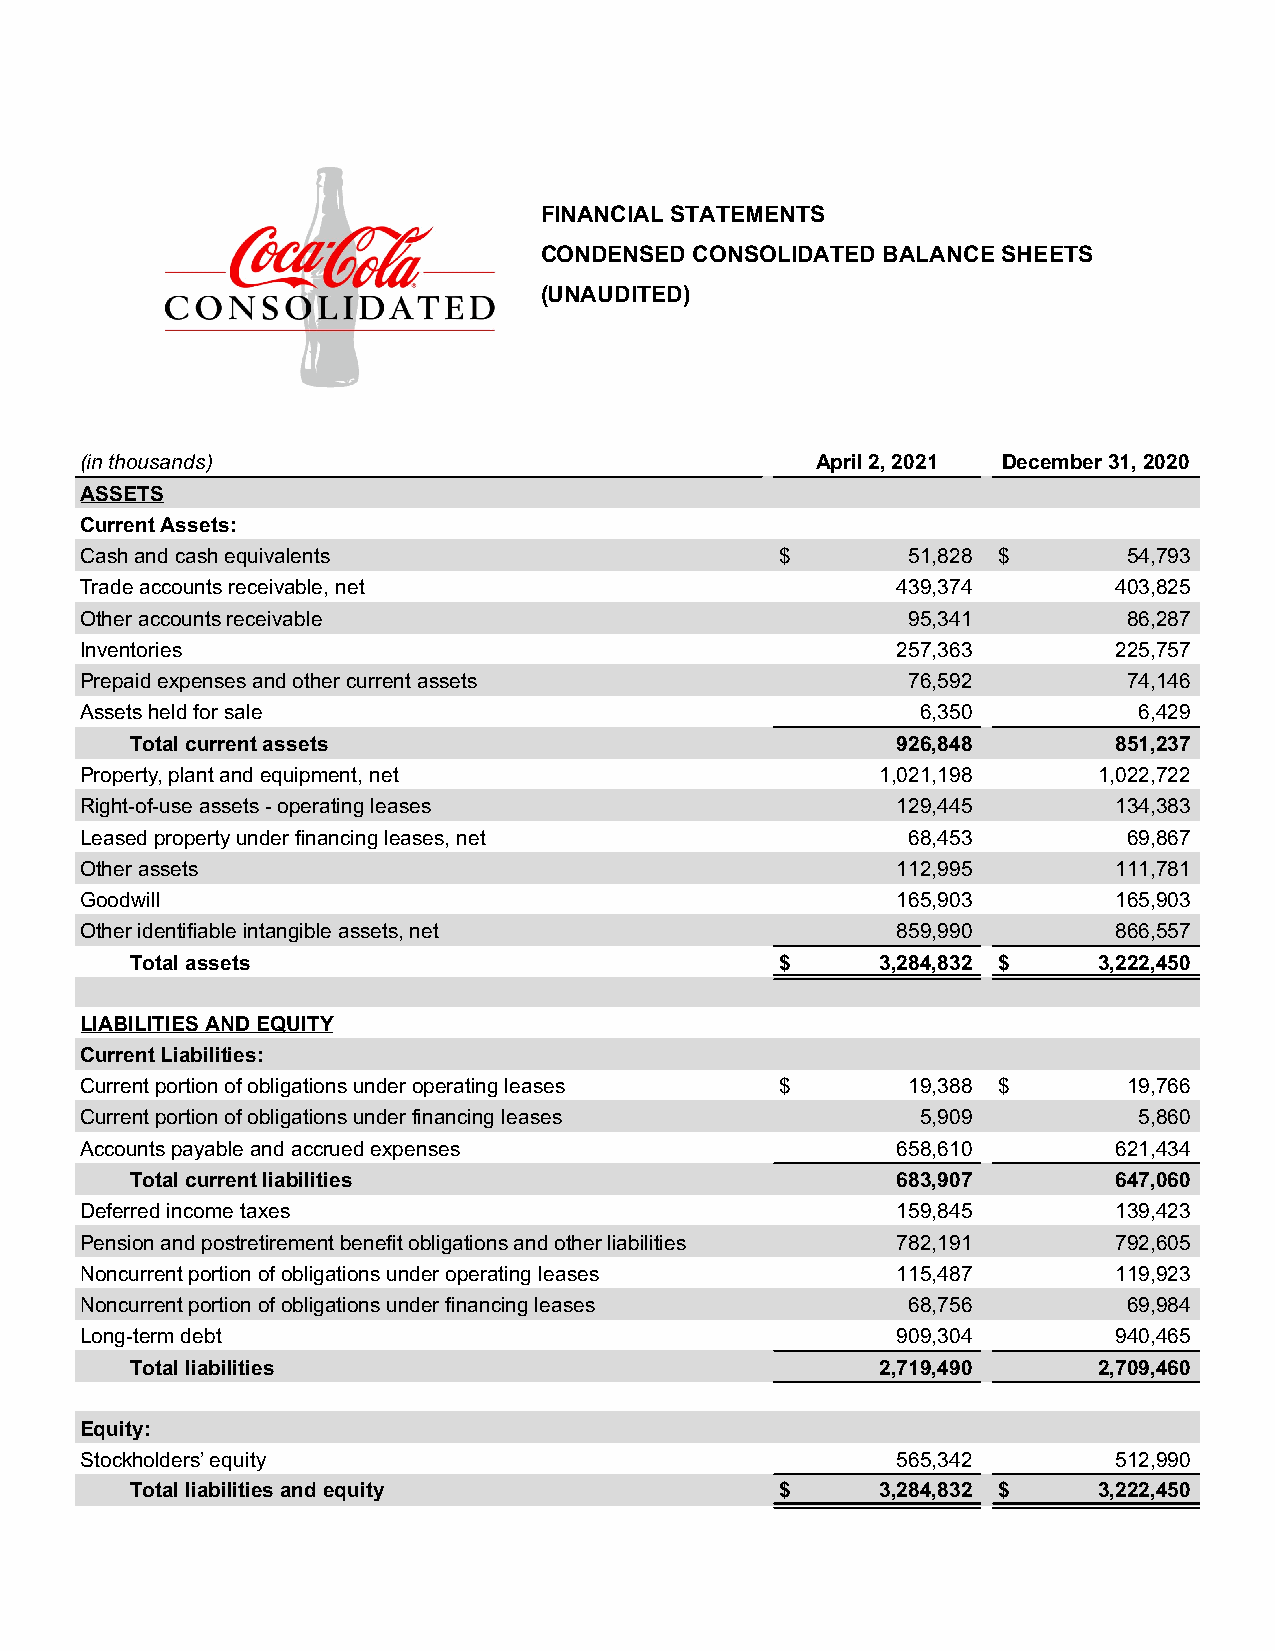
FINANCIAL STATEMENTS
 CONDENSED CONSOLIDATED BALANCE SHEETS
 (UNAUDITED)
 (in thousands)                                   April 2, 2021 December 31, 2020
 ASSETS
 Current Assets:
 Cash and cash equivalents                      $       51,828 $       54,793
 Trade accounts receivable, net                        439,374        403,825
 Other accounts receivable                              95,341         86,287
 Inventories                                           257,363        225,757
 Prepaid expenses and other current assets              76,592         74,146
 Assets held for sale                                    6,350         6,429
 Total current assets                              926,848        851,237
 Property, plant and equipment, net                   1,021,198      1,022,722
 Right-of-use assets - operating leases                129,445        134,383
 Leased property under financing leases, net            68,453         69,867
 Other assets                                          112,995        111,781
 Goodwill                                              165,903        165,903
 Other identifiable intangible assets, net             859,990        866,557
 Total assets                               $     3,284,832 $    3,222,450
 LIABILITIES AND EQUITY
 Current Liabilities:
 Current portion of obligations under operating leases $ 19,388 $      19,766
 Current portion of obligations under financing leases   5,909         5,860
 Accounts payable and accrued expenses                 658,610        621,434
 Total current liabilities                         683,907        647,060
 Deferred income taxes                                 159,845        139,423
 Pension and postretirement benefit obligations and other liabilities 782,191 792,605
 Noncurrent portion of obligations under operating leases 115,487     119,923
 Noncurrent portion of obligations under financing leases 68,756       69,984
 Long-term debt                                        909,304        940,465
 Total liabilities                                2,719,490      2,709,460
 Equity:
 Stockholders’ equity                                  565,342        512,990
 Total liabilities and equity               $     3,284,832 $    3,222,450